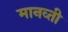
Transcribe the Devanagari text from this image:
मानव्ती